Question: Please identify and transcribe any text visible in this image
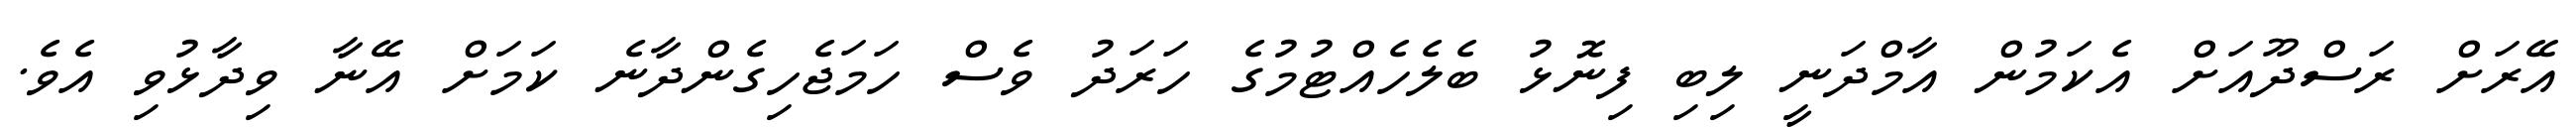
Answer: އޭރަށް ރަސްދޫއަށް އެކަމުން އާމްދަނީ ލިބި ފިނޮޅު ބެލެހެއްޓުމުގެ ހަރަދު ވެސް ހަމަޖެހިގެންދާނެ ކަމަށް އޭނާ ވިދާޅުވި އެވެ.